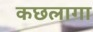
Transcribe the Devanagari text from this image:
कछलागा